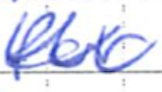
Text: for
Cross-out: zig-zag
Writing tool: ballpoint